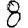
Digit: 8